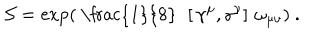
\mathcal { S } = \exp \left( \mathrm { ~ \frac { 1 } { 8 } ~ } \, \left[ \, \gamma ^ { \mu } , \gamma ^ { \nu } \right] \, \omega _ { \mu \nu } \right) ~ .